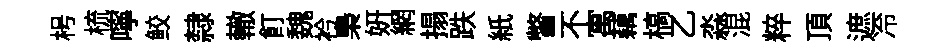
枵梳嚀鲛隸轍飣魏衿梟妍網搨跌紙瞥不寓藕槁乙淼混粹頂遮冷